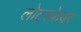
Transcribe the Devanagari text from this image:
लोटस्फेयर